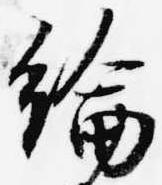
綸